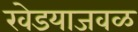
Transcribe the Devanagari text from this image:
खेडयाजवळ